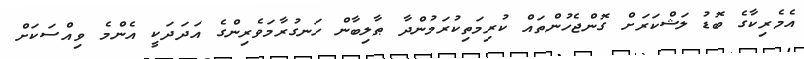
އެމެރިކާގެ ބޮޑު ލަޝްކަރަށް ގޮންޖެހުންތައް ކުރިމަތިކުރަމުންދާ ޠާލިބާން ހަނގުރާމަވެރިންގެ އަދަދަކީ އެންމެ ވިއްސަކަށް